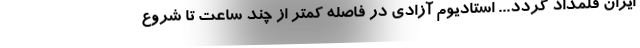
ایران قلمداد گردد... استادیوم آزادی در فاصله کمتر از چند ساعت تا شروع